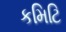
કમિટિ